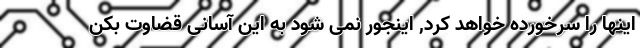
اینها را سرخورده خواهد کرد, اینجور نمی شود به این آسانی قضاوت بکن